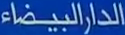
الدارالبيضاء